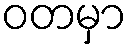
ဝတမှာ